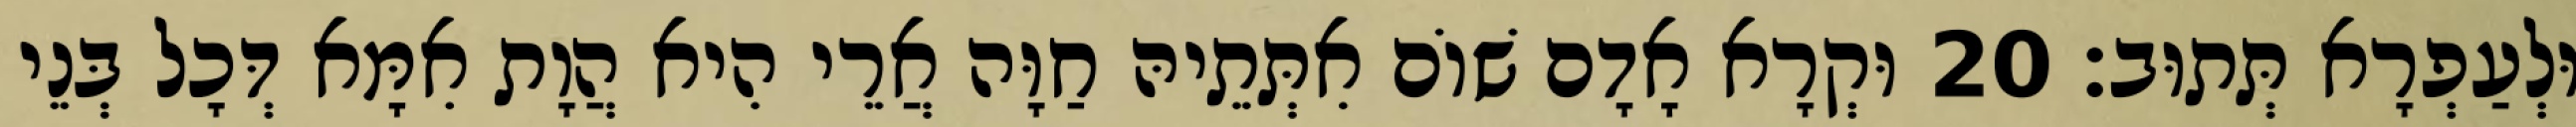
וּלְעַפְרָא תְּתוּב׃ 20 וּקְרָא אָדָם שׁוֹם אִתְּתֵיהּ חַוָּה אֲרֵי הִיא הֲוָת אִמָּא דְּכָל בְּנֵי